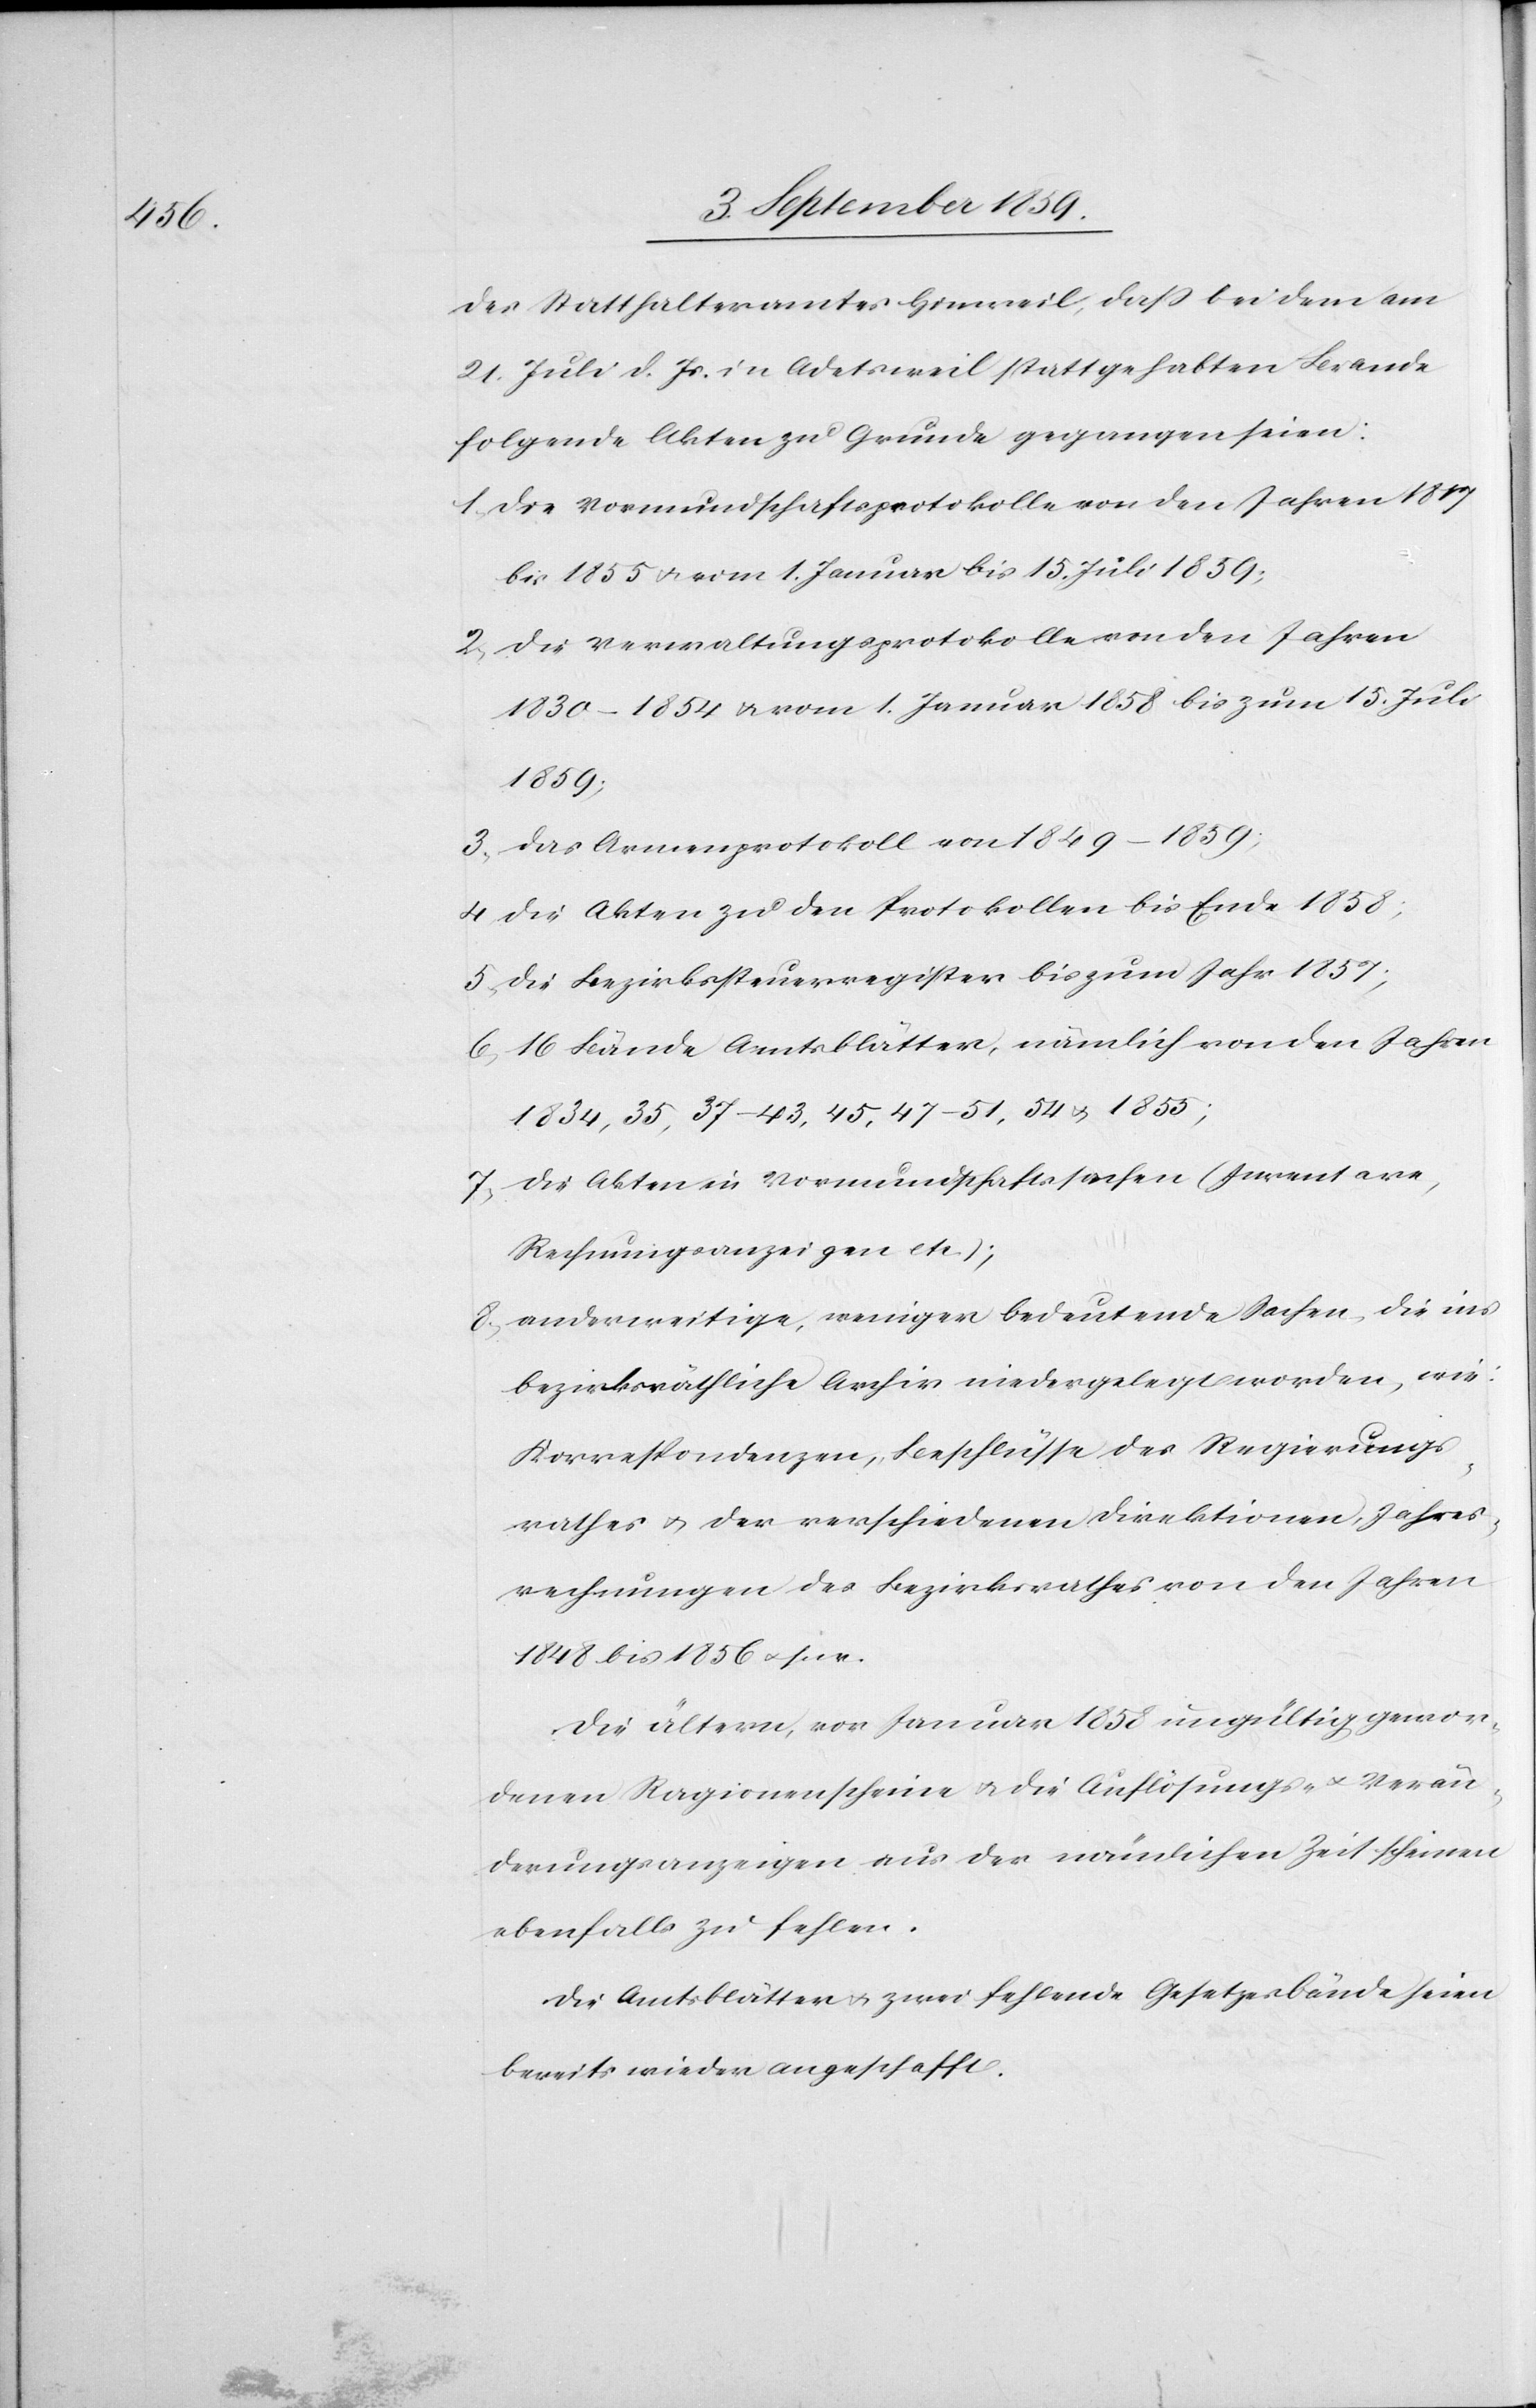
des Statthalteramtes Hinweil, daß bei dem am
21. Juli d. Js. in Adetsweil stattgehabten Brande
folgende Akten zu Grunde gegangen seien:
1. Die Vormundschaftsprotokolle von den Jahren 1809
bis 1855 & vom 1. Januar bis 15. Juli 1859;
2. Die Verwaltungsprotokolle von den Jahren
1830–1854 & vom 1. Januar 1858 bis zum 15. Juli
1859;
3. Das Armenprotokoll von 1849–1859;
4. Die Akten zu den Protokollen bis Ende 1858;
5. Die Bezirkssteuerregister bis zum Jahr 1859;
6. 16 Bände Amtsblätter, nämlich von den Jahren
1834, 35, 37–43, 45, 47–51, 54 & 1855;
7. Die Akten in Vormundschaftssachen (Inventare,
Rechnungsanzeigen etc.);
8. anderweitige, weniger bedeutende Sachen, die ins
bezirksräthliche Archiv niedergelegt worden, wie:
Korrespondenzen, Beschlüsse des Regierungs¬
rathes & der verschiedenen Direktionen, Jahres¬
rechnungen des Bezirksrathes von den Jahren
1848 bis 1856 &. s. w.
Die ältern, vor Januar 1858 ungültig gewor¬
denen Ragionenscheine & die Auflösungs- & Verän¬
derungsanzeigen aus der nämlichen Zeit scheinen
ebenfalls zu fehlen.
Die Amtsblätter & zwei fehlende Gesetzesbände seien
bereits wieder angeschafft.